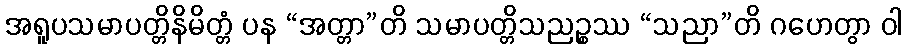
အရူပသမာပတ္တိနိမိတ္တံ ပန “အတ္တာ”တိ သမာပတ္တိသညဉ္စဿ “သညာ”တိ ဂဟေတွာ ဝါ